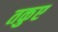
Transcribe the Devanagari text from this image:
तकुए